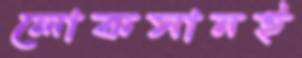
লোকসানই